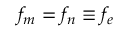
f _ { m } = f _ { n } \equiv f _ { e }